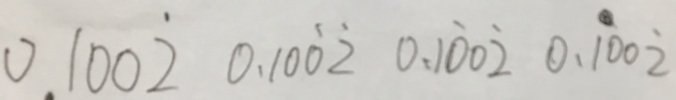
0 . 1 0 0 \dot { 2 } 0 . 1 0 \dot { 0 } \dot { 2 } 0 . 1 \dot { 0 } 0 \dot { 2 } 0 . \dot { 1 } 0 0 \dot { 2 }